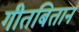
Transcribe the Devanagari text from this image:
गीतबितान